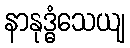
နာနုဒ္ဓံသေယျ